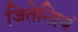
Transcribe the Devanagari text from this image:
जितेन्द्रियं